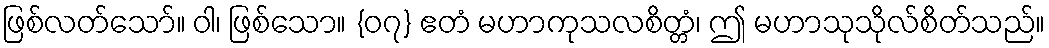
ဖြစ်လတ်သော်။ ဝါ၊ ဖြစ်သော။ {၀၇} ဧတံ မဟာကုသလစိတ္တံ၊ ဤ မဟာသုသိုလ်စိတ်သည်။